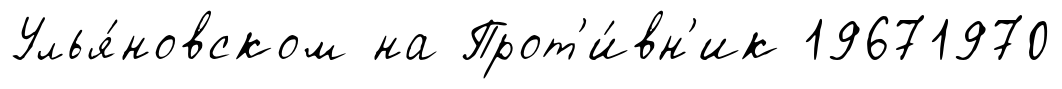
Улья́новском на Прот'и́вн'ик 19671970